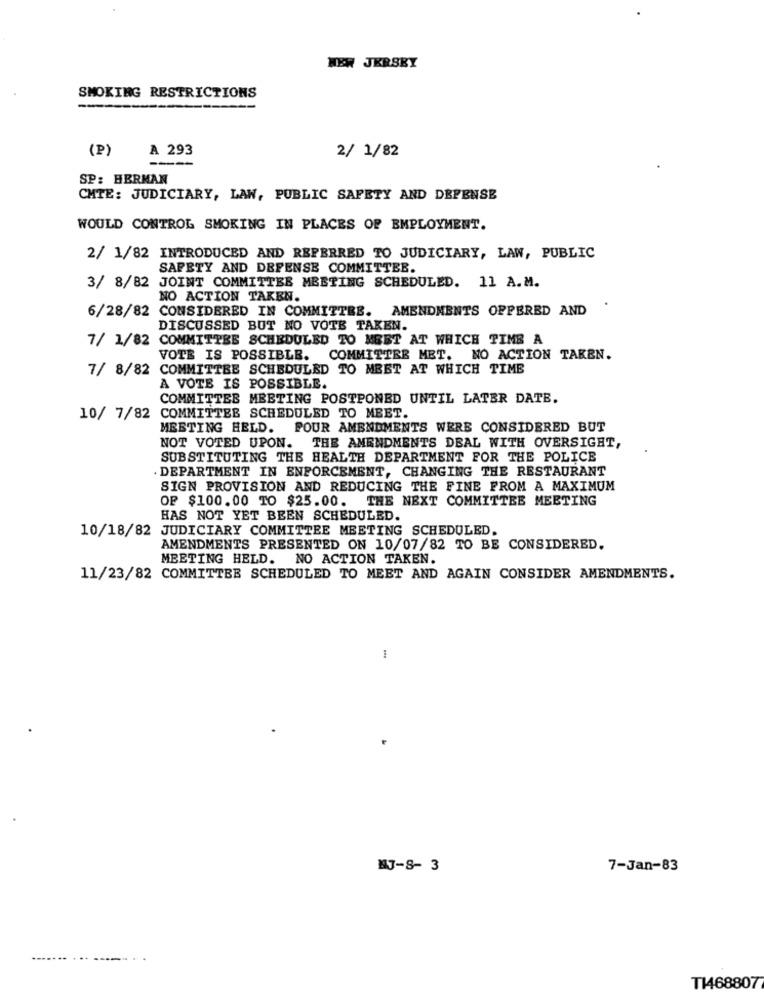
NEW JERSEY
SMOKING RESTRICTIONS
(P)
A 293
2/ 1/82
SP: HERMAN
CHTE: JUDICIARY, LAW, PUBLIC SAFETY AND DEFENSE
WOULD CONTROL SMOKING IN PLACES OF EMPLOYMENT.
2/ 1/82 INTRODUCED AND REFERRED TO JUDICIARY, LAW, PUBLIC
SAFETY AND DEFENSE COMMITTER.
3/ 8/82 JOINT COMMITTEE MEETING SCHEDULED. 11 A.M.
NO ACTION TAKEN.
6/28/82 CONSIDERED IN COMMITTEE. AMENDMENTS OFFERED AND
DISCUSSED BUT NO VOTE TAKEN.
7/ 1/82 COMMITTEE SCHEDULED TO MEET AT WHICH TIME A
VOTE IS POSSIBLE. COMMITTEE MET. NO ACTION TAKEN.
7/ 8/82 COMMITTEE SCHEDULED TO MEET AT WHICH TIME
A VOTE IS POSSIBLE.
COMMITTEE MEETING POSTPONED UNTIL LATER DATE.
10/ 7/82 COMMITTEE SCHEDULED TO MEET.
MEETING HELD. POUR AMENDMENTS WERE CONSIDERED BUT
NOT VOTED UPON. THE AMENDMENTS DEAL WITH OVERSIGHT,
SUBSTITUTING THE HEALTH DEPARTMENT FOR THE POLICE
DEPARTMENT IN ENFORCEMENT, CHANGING THE RESTAURANT
SIGN PROVISION AND REDUCING THE FINE FROM A MAXIMUM
OF $100.00 TO $25.00. THE NEXT COMMITTEE MEETING
HAS NOT YET BEEN SCHEDULED.
10/18/82 JUDICIARY COMMITTEE MEETING SCHEDULED.
AMENDMENTS PRESENTED ON 10/07/82 TO BE CONSIDERED.
MEETING HELD. NO ACTION TAKEN.
11/23/82 COMMITTEE SCHEDULED TO MEET AND AGAIN CONSIDER AMENDMENTS.
1
N7-8- 3
7-Jan-83
TI468807